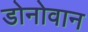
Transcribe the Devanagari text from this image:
डोनोवान